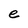
Character: e